Document type: Sale
Year: 1423
Scribe: Joan Franc
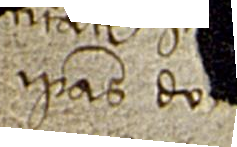
ipsas do